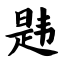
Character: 韪